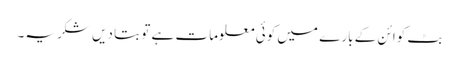
بٹ کوائن کے بارے میں کوئی معلومات ہے تو بتا دیں شکریہ۔